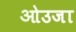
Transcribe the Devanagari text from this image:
ओउजा